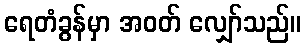
ရေတံခွန်မှာ အဝတ် လျှော်သည်။